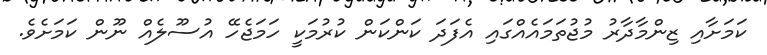
ކަމަށާއި ޒިންމާދާރު މުޖުތަމައެއްގައި އެފަދަ ކަންކަން ކުރުމަކީ ހަމަޖެހޭ އުސޫލެއް ނޫން ކަމަށެވެ.